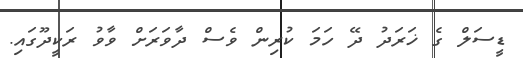
ޑީސަލް ގެ ޚަރަދު ދޭ ހަމަ ކުރިން ވެސް ދާވަރަށް ވާވު ރަކީދޫގައި.